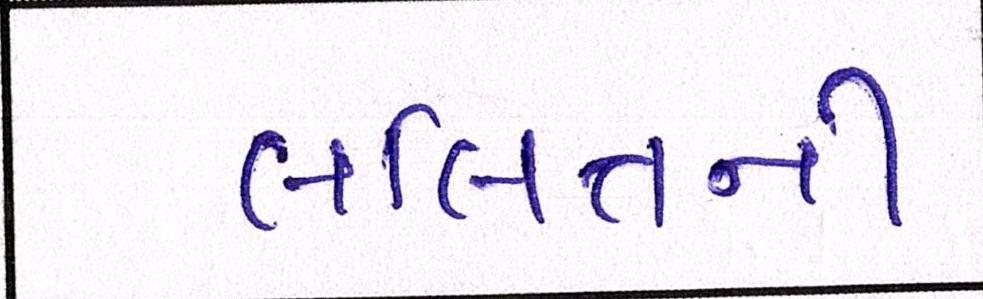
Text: લલિતની